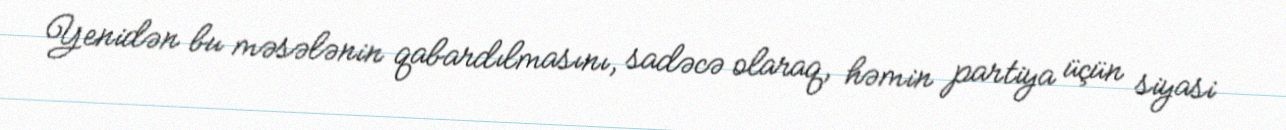
Yenidən bu məsələnin qabardılmasını, sadəcə olaraq, həmin partiya üçün siyasi